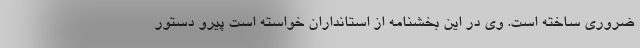
ضروری ساخته است. وی در این بخشنامه از استانداران خواسته است پیرو دستور